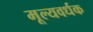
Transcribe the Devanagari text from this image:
मूल्यवर्धक